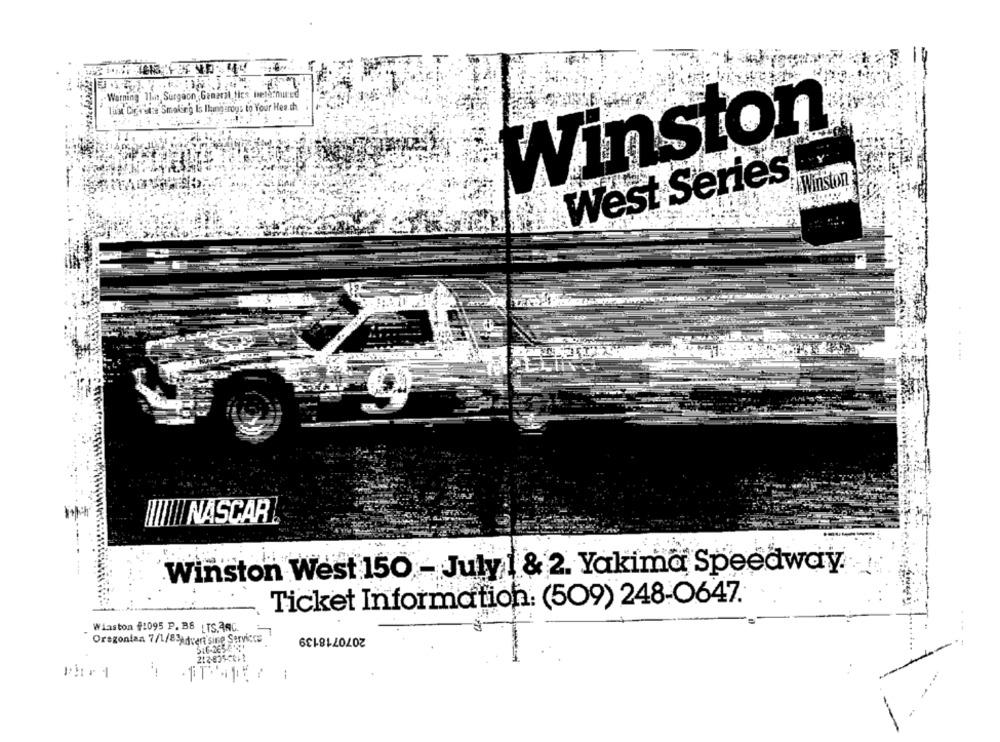
Warning This, Surgeon Ganaril ties beld:med
That Cigarette Smoking Is Ilungsrous to Your Hee.th
Winston
West Series
Winston
|||| || NASCAR
Winston West 150 - July 1 & 2. Yakima Speedway.
Ticket Information: (509) 248-0647.
Wiaston #1095 P. B8 LTS.ARC.
-
2070718139
Oregonian 7/1/83Advent'sine Services
--